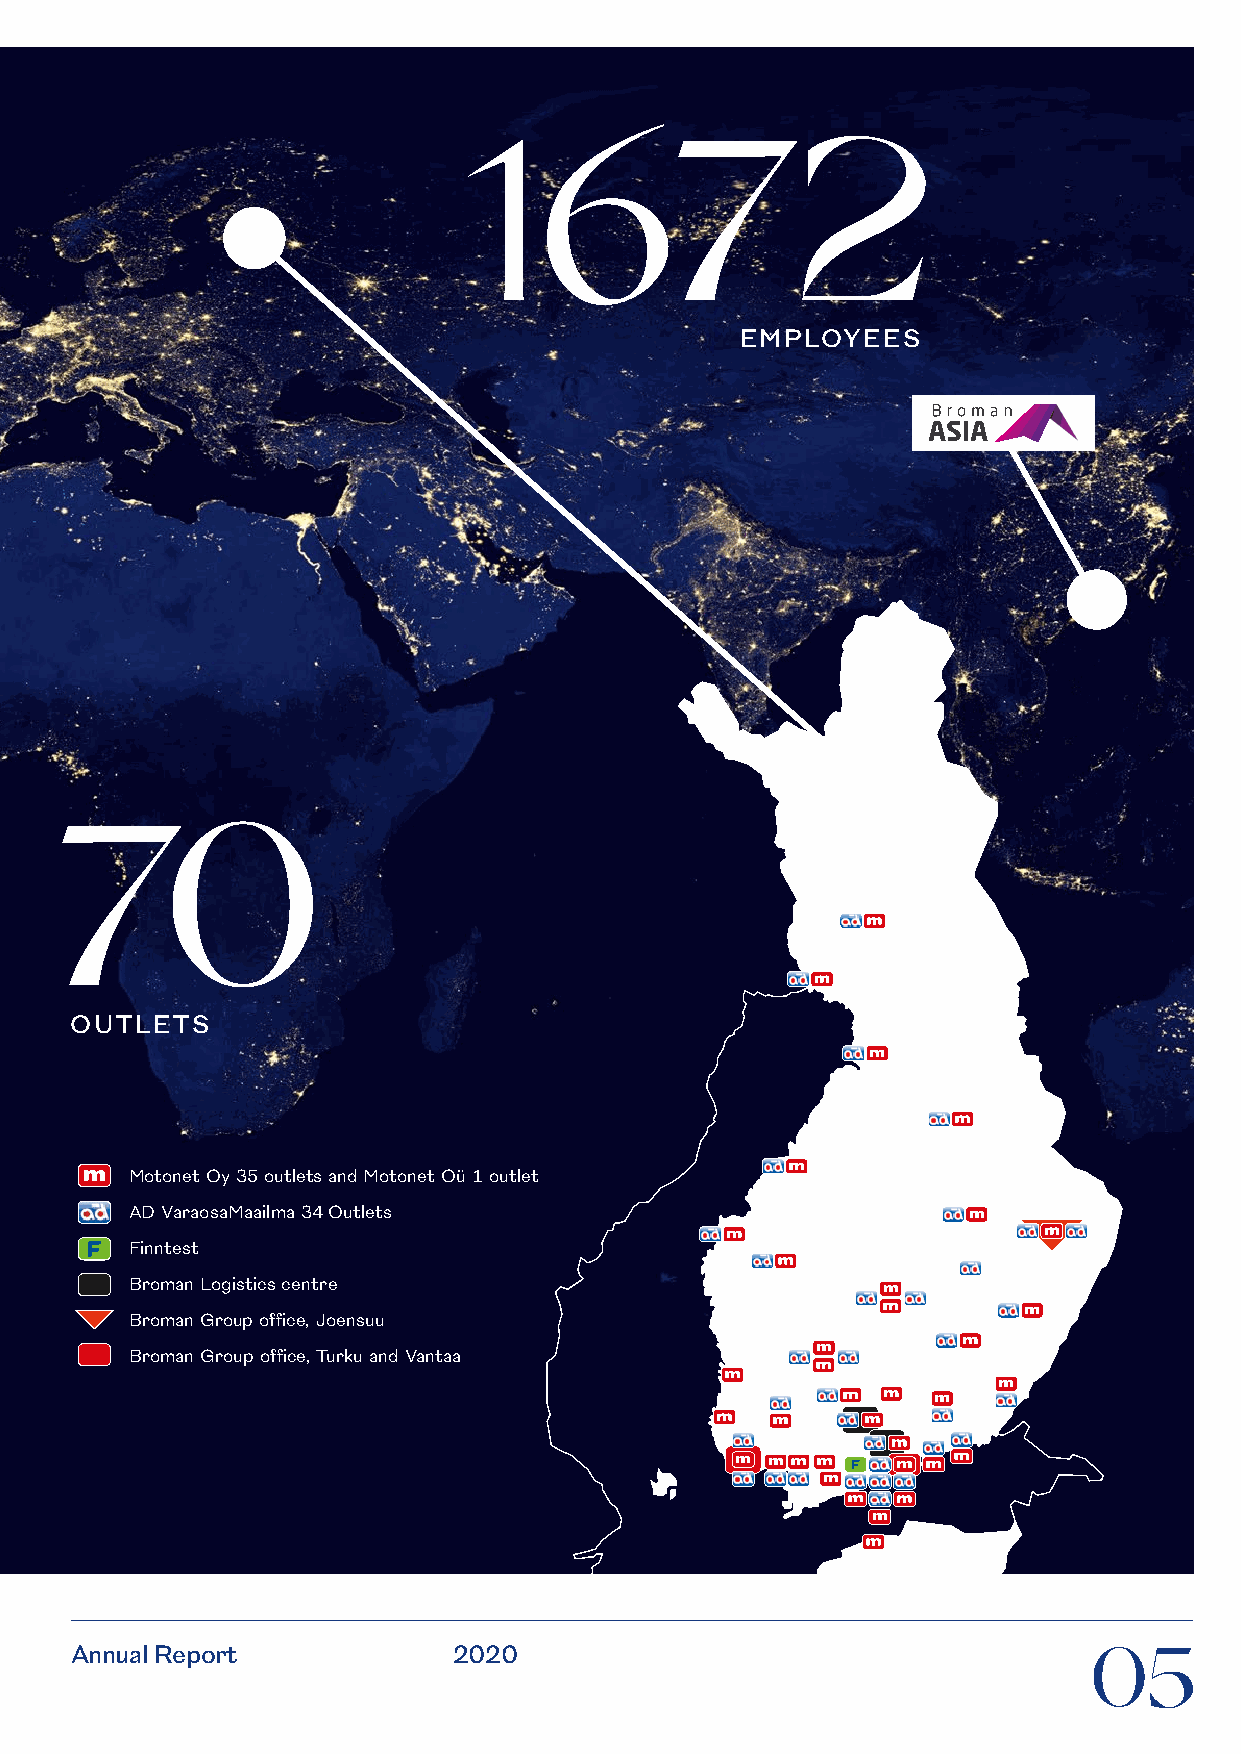
1672
 EMPLOYEES
 70
 OUTLETS
 Motonet Oy 35 outlets and Motonet Oü 1 outlet
 AD VaraosaMaailma 34 Outlets
 Finntest
 Broman Logistics centre
 Broman Group office, Joensuu
 Broman Group office, Turku and Vantaa
 Annual Report            2020                                      05